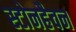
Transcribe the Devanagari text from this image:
स्टोनहैवन